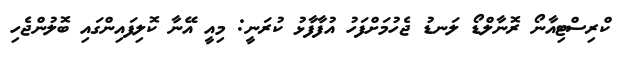
ކްރިސްޓިއާނޯ ރޮނާލްޑޯ ލަނޑު ޖެހުމަށްފަހު އުފާފާޅު ކުރަނީ: މިއީ އޭނާ ކޮލިފައިންގައި ބޮލުންޖެހި